Sketch of the medical history of the native army of Bombay, for the year
Year: 1872
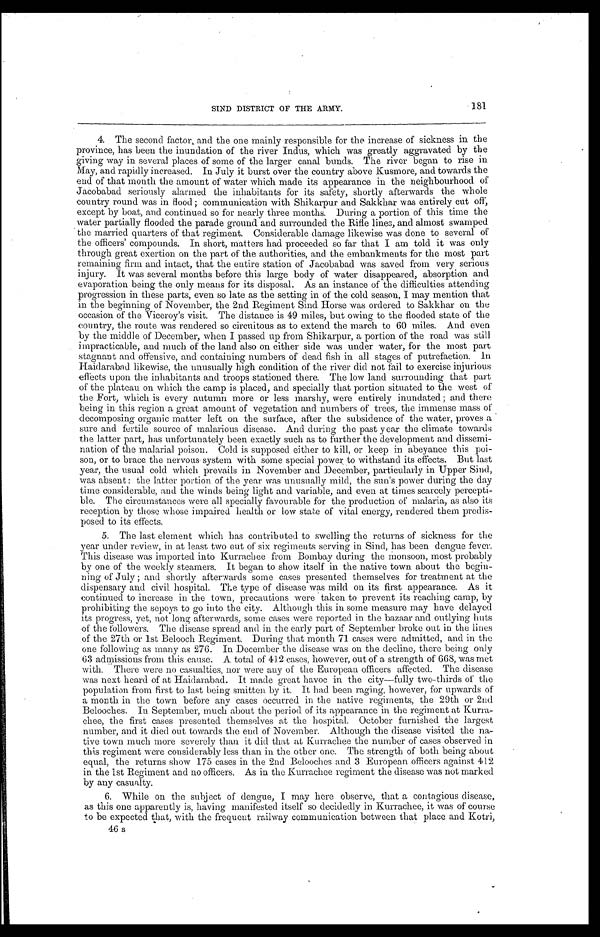
181
SIND DISTRICT OF THE ARMY.
4. The second factor, and the one mainly responsible for the increase of sickness in the
province, has been the inundation of the river Indus, which was greatly aggravated by the
giving way in several places of some of the larger canal bunds. The river began to rise in
May, and rapidly increased. In July it burst over the country above Kusmore, and towards the
end of that month the amount of water which made its appearance in the neighbourhood of
Jacobabad seriously alarmed the inhabitants for its safety, shortly afterwards the whole
country round was in flood ; communication with Shikarpur and Sakkhar was entirely cut off,
except by boat, and continued so for nearly three months. During a portion of this time the
water partially flooded the parade ground and surrounded the Rifle lines, and almost swamped
the married quarters of that regiment. Considerable damage likewise was done to several of
the officers' compounds. In short, matters had proceeded so far that I am told it was only
through great exertion on the part of the authorities, and the embankments for the most part
remaining firm and intact, that the entire station of Jacobabad was saved from very serious
injury. It was several months before this large body of water disappeared, absorption and
evaporation being the only means for its disposal. As an instance of the difficulties attending
progression in these parts, even so late as the setting in of the cold season, I may mention that
in the beginning of November, the 2nd Regiment Sind Horse was ordered to Sakkhar on the
occasion of the Viceroy's visit. The distance is 49 miles, but owing to the flooded state of the
country, the route was rendered so circuitous as to extend the march to 60 miles. And even
by the middle of December, when I passed up from Shikarpur, a portion of the road was still
impracticable, and much of the land also on either side was under water, for the most part
stagnant and offensive, and containing numbers of dead fish in all stages of putrefaction. In
Haidarabad likewise, the unusually high condition of the river did not fail to exercise injurious
effects upon the inhabitants and troops stationed there. The low land surrounding that part
of the plateau on which the camp is placed, and specially that portion situated to the west of
the Fort, which is every autumn more or less marshy, were entirely inundated ; and there
being in this region a great amount of vegetation and numbers of trees, the immense mass of
decomposing organic matter left on the surface, after the subsidence of the water, proves a
sure and fertile source of malarious disease. And during the past year the climate towards
the latter part, has unfortunately been exactly such as to further the development and dissemi-
nation of the malarial poison. Cold is supposed either to kill, or keep in abeyance this poi-
son, or to brace the nervous system with some special power to withstand its effects. But last
year, the usual cold which prevails in November and December, particularly in Upper Sind,
was absent : the latter portion of the year was unusually mild, the sun's power during the day
time considerable, and the winds being light and variable, and even at times scarcely percepti-
ble. The circumstances were all specially favourable for the production of malaria, as also its
reception by those whose impaired health or low state of vital energy, rendered them predis-
posed to its effects.
5. The last element which has contributed to swelling the returns of sickness for the
year under review, in at least two out of six regiments serving in Sind, has been dengue fever.
This disease was imported into Kurrachee from Bombay during the monsoon, most probably
by one of the weekly steamers. It began to show itself in the native town about the begin-
ning of July ; and shortly afterwards some cases presented themselves for treatment at the
dispensary and civil hospital. The type of disease was mild on its first appearance. As it
continued to increase in the town, precautions were taken to prevent its reaching camp, by
prohibiting the sepoys to go into the city. Although this in some measure may have delayed
its progress, yet, not long afterwards, some cases were reported in the bazaar and outlying huts
of the followers. The disease spread and in the early part of September broke out in the lines
of the 27th or 1st Belooch Regiment. During that month 71 cases were admitted, and in the
one following as many as 276. In December the disease was on the decline, there being only
63 admissions from this cause. A total of 412 cases, however, out of a strength of 668, was met
with. There were no casualties, nor were any of the European officers affected. The disease
was next heard of at Haidarabad. It made great havoc in the city—fully two-thirds of the
population from first to last being smitten by it. It had been raging, however, for upwards of
a month in the town before any cases occurred in the native regiments, the 29th or 2nd
Belooches. In September, much about the period of its appearance in the regiment at Kurra-
chee, the first cases presented themselves at the hospital. October furnished the largest
number, and it died out towards the end of November. Although the disease visited the na-
tive town much more severely than it did that at Kurrachee the number of cases observed in
this regiment were considerably less than in the other one. The strength of both being about
equal, the returns show 175 cases in the 2nd Belooches and 3 European officers against 412
in the 1st Regiment and no officers. As in the Kurrachee regiment the disease was not marked
by any casualty.
6. While on the subject of dengue, I may here observe, that a contagious disease,
as this one apparently is, having manifested itself so decidedly in Kurrachee, it was of course
to be expected that, with the frequent railway communication between that place and Kotri,
46 s